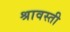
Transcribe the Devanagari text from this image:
श्रावस्‍ती